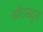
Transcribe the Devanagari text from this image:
खोडसदृश